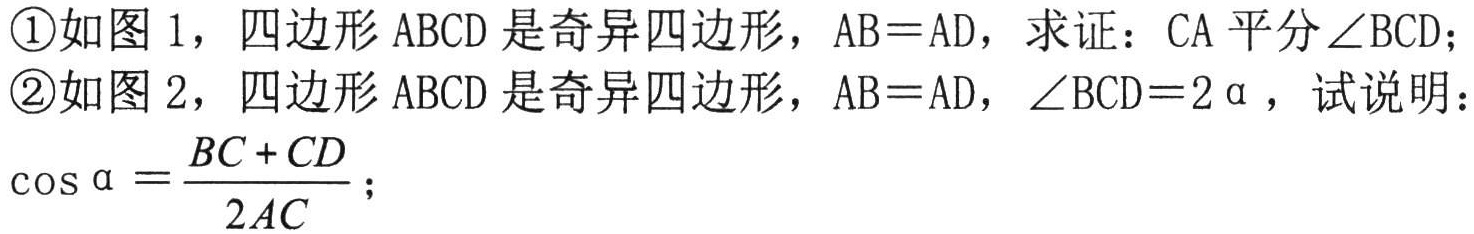
\textcircled{1}如图 1，四边形$ABCD$是奇异四边形，$AB = AD$，求证：$CA$平分$\angle BCD$；
\textcircled{2}如图 2，四边形$ABCD$是奇异四边形，$AB = AD$，$\angle BCD = 2\alpha$，试说明：$\cos\alpha=\frac{BC + CD}{2AC}$；